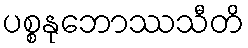
ပစ္စနုဘောဿသီတိ